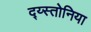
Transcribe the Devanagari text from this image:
द्य्स्तोनिया